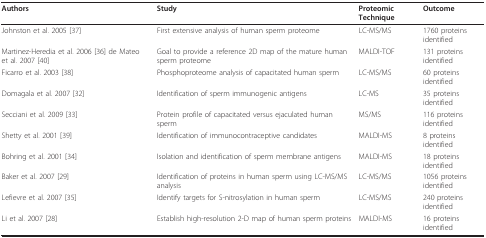
<table><thead><tr><td><b>Authors</b></td><td><b>Study</b></td><td><b>Proteomic Technique</b></td><td><b>Outcome</b></td></tr></thead><tbody><tr><td>Johnston et al. 2005 [37]</td><td>First extensive analysis of human sperm proteome</td><td>LC-MS/MS</td><td>1760 proteins identified</td></tr><tr><td>Martinez-Heredia et al. 2006 [36] de Mateo et al. 2007 [40]</td><td>Goal to provide a reference 2D map of the mature human sperm proteome</td><td>MALDI-TOF</td><td>131 proteins identified</td></tr><tr><td>Ficarro et al. 2003 [38]</td><td>Phosphoproteome analysis of capacitated human sperm</td><td>LC-MS/MS</td><td>60 proteins identified</td></tr><tr><td>Domagala et al. 2007 [32]</td><td>Identification of sperm immunogenic antigens</td><td>LC-MS</td><td>35 proteins identified</td></tr><tr><td>Secciani et al. 2009 [33]</td><td>Protein profile of capacitated versus ejaculated human sperm</td><td>MS/MS</td><td>116 proteins identified</td></tr><tr><td>Shetty et al. 2001 [39]</td><td>Identification of immunocontraceptive candidates</td><td>MALDI-MS</td><td>8 proteins identified</td></tr><tr><td>Bohring et al. 2001 [34]</td><td>Isolation and identification of sperm membrane antigens</td><td>MALDI-MS</td><td>18 proteins identified</td></tr><tr><td>Baker et al. 2007 [29]</td><td>Identification of proteins in human sperm using LC-MS/MS analysis</td><td>LC-MS/MS</td><td>1056 proteins identified</td></tr><tr><td>Lefievre et al. 2007 [35]</td><td>Identify targets for S-nitrosylation in human sperm</td><td>LC-MS/MS</td><td>240 proteins identified</td></tr><tr><td>Li et al. 2007 [28]</td><td>Establish high-resolution 2-D map of human sperm proteins</td><td>MALDI-MS</td><td>16 proteins identified</td></tr></tbody></table>